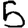
Digit: 5